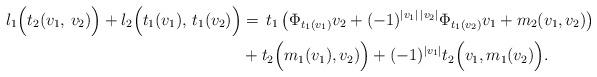
LaTeX: \begin{align*} l_1\Big(t_2(v_1, \,v_2)\Big) + l_2\Big(t_1(v_1),\, t_1(v_2)\Big) &= \,t_1\left(\Phi_{t_1(v_1)}v_2 + (-1)^{|v_1|\,|v_2|}\Phi_{t_1(v_2)}v_1 + m_2(v_1,v_2)\right)\\ &+ t_2\Big(m_1(v_1), v_2)\Big) + (-1)^{|v_1|}t_2\Big(v_1,m_1(v_2)\Big).\end{align*}